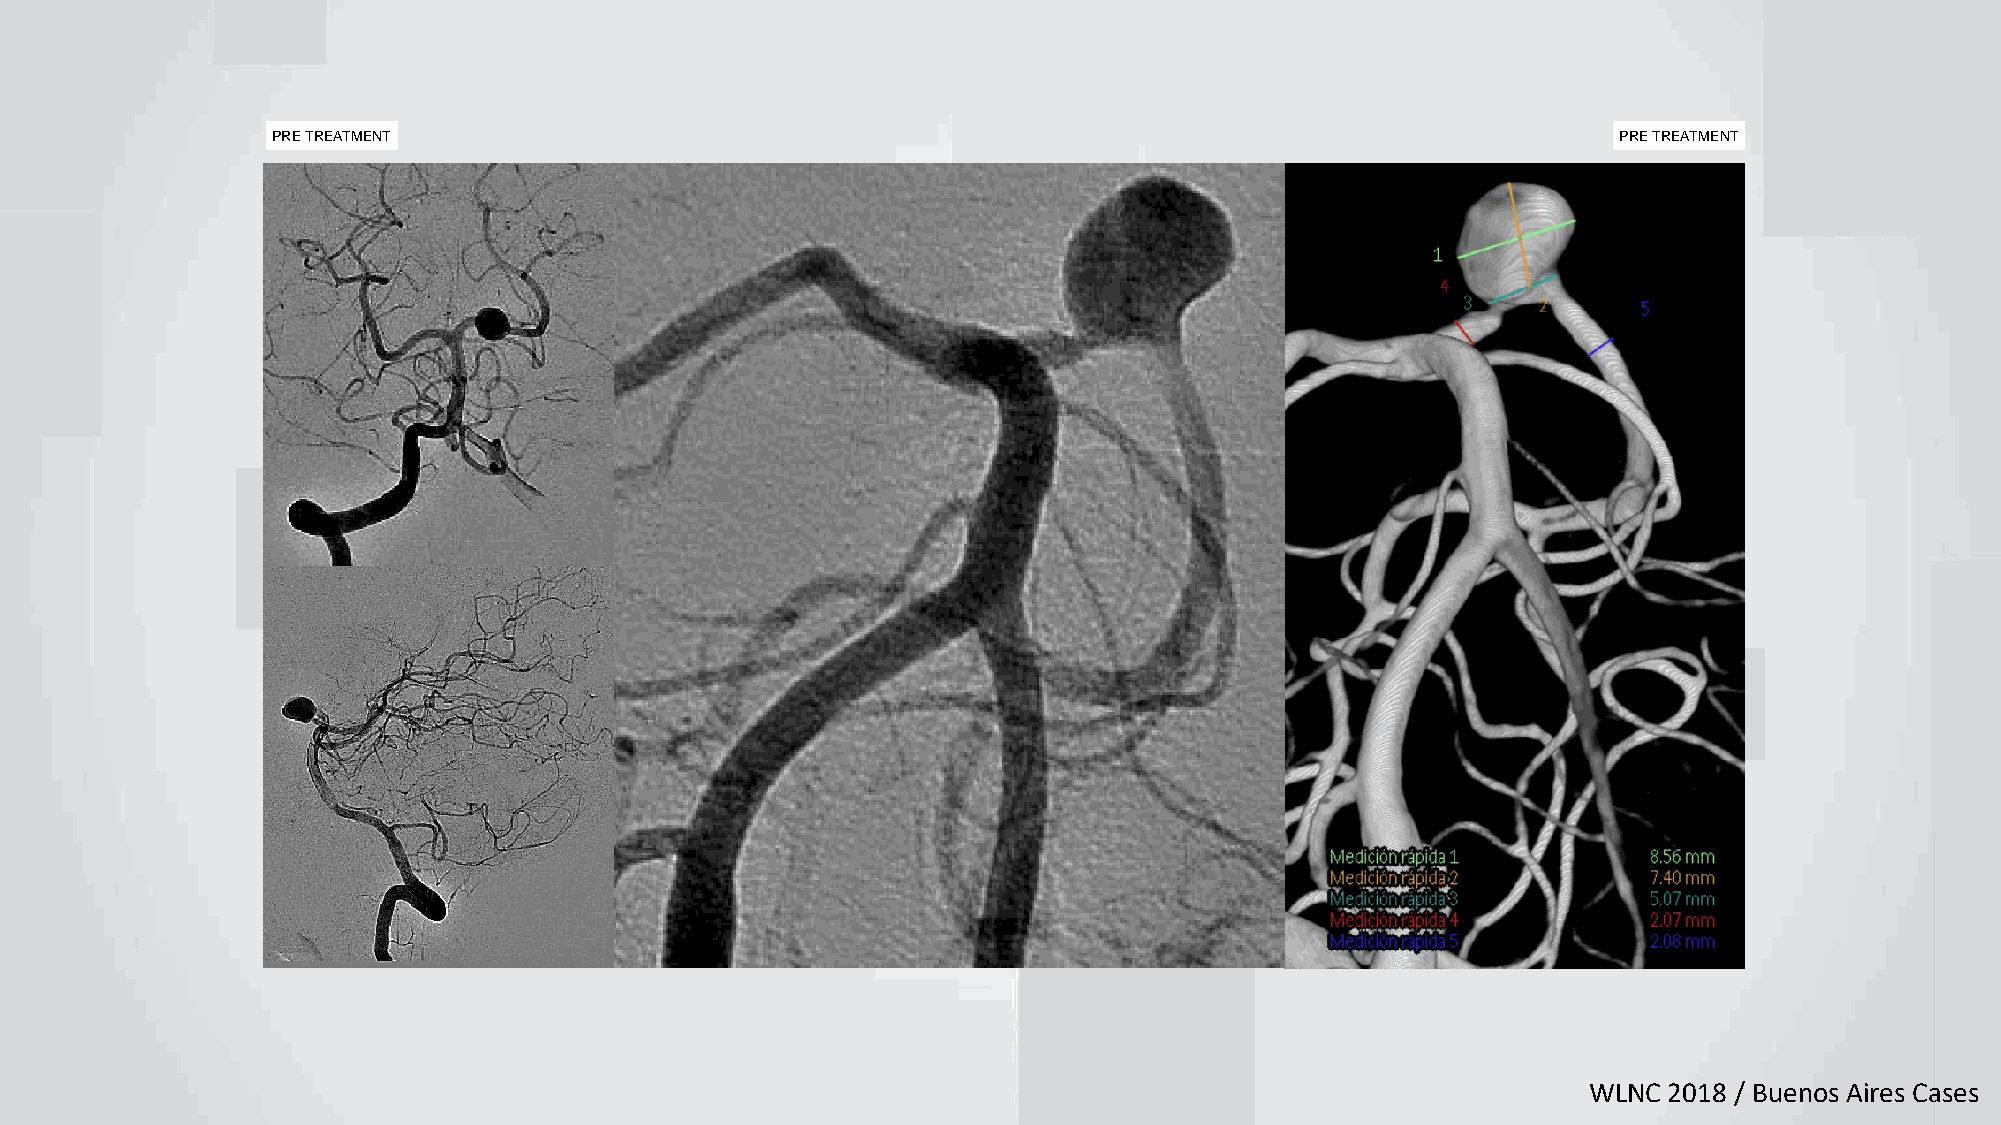
PRE TREATMENT                                                                            PRE TREATMENT
 WLNC 2018 / Buenos Aires Cases